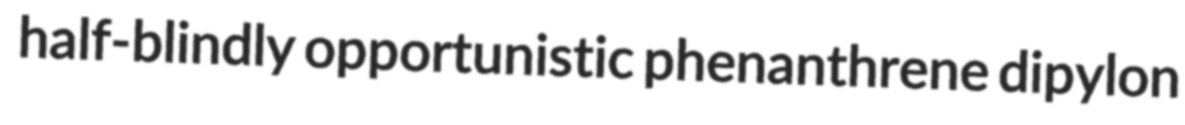
half-blindly opportunistic phenanthrene dipylon